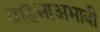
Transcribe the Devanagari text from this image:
वाहनाअभावी